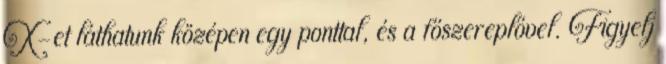
X-et láthatunk középen egy ponttal, és a főszereplővel. Figyelj